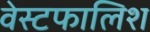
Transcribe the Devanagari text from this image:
वेस्टफालिश